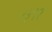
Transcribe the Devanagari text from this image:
४३१२